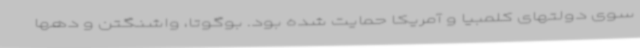
سوی دولتهای کلمبیا و آمریکا حمایت شده بود. بوگوتا، واشنگتن و دهها